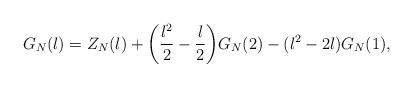
LaTeX: \begin{align*}G_N(l)=Z_N(l) +\bigg(\frac{l^2}{2}-\frac{l}{2}\bigg)G_N(2)-(l^2-2l)G_N(1),\end{align*}